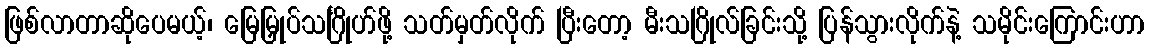
ဖြစ်လာတာဆိုပေမယ့်၊ မြေမြှုပ်သင်္ဂြိုဟ်ဖို့ သတ်မှတ်လိုက် ပြီးတော့ မီးသဂြိုလ်ခြင်းသို့ ပြန်သွားလိုက်နဲ့ သမိုင်းကြောင်းဟာ